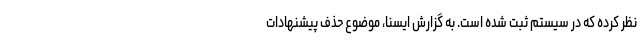
نظر کرده که در سیستم ثبت شده است. به گزارش ایسنا، موضوع حذف پیشنهادات